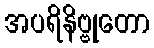
အပရိနိဗ္ဗုတော